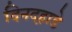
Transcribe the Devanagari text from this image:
दिनदह़ाडे